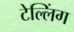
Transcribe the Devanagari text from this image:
टेल्लिंग